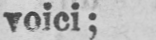
voici;